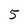
Character: 5